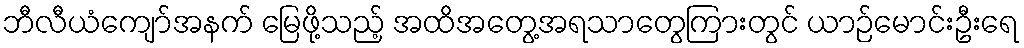
ဘီလီယံကျော်အနက် မြေဖို့သည့် အထိအတွေ့အရသာတွေကြားတွင် ယာဉ်မောင်းဦးရေ